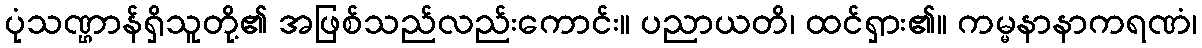
ပုံသဏ္ဌာန်ရှိသူတို့၏ အဖြစ်သည်လည်းကောင်း။ ပညာယတိ၊ ထင်ရှား၏။ ကမ္မနာနာကရဏံ၊